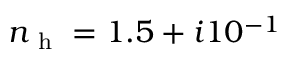
n _ { \mathrm { ~ h ~ } } = 1 . 5 + i 1 0 ^ { - 1 }